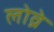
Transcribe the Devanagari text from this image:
लोव्रे